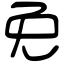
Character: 免